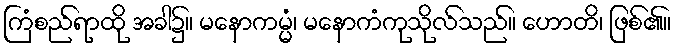
ကြံစည်ရာထို အခါ၌။ မနောကမ္မံ၊ မနောကံကုသိုလ်သည်။ ဟောတိ၊ ဖြစ်၏။